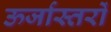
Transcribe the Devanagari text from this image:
ऊर्जास्तरों